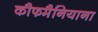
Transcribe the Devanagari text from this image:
कौफमैनियाना